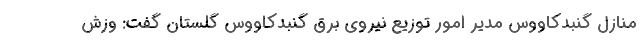
منازل گنبدکاووس مدیر امور توزیع نیروی برق گنبدکاووس گلستان گفت: وزش